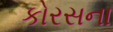
કોરસના